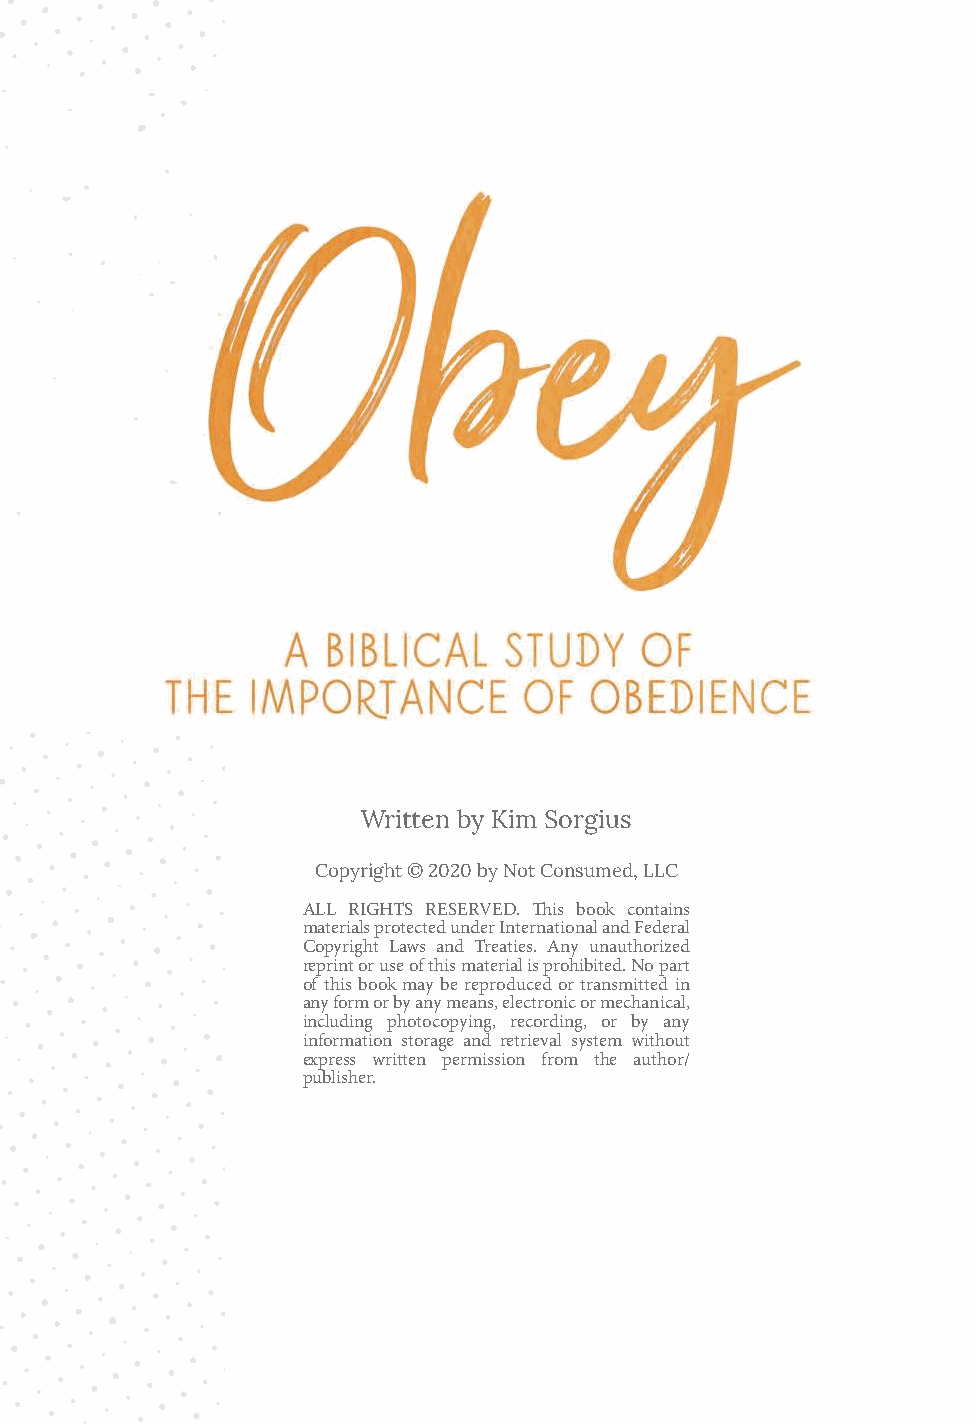
Written by Kim Sorgius
 Copyright © 2020 by Not Consumed, LLC
 ALL RIGHTS RESERVED. This book contains
 materials protected under International and Federal
 Copyright Laws and Treaties. Any unauthorized
 reprint or use of this material is prohibited. No part
 of this book may be reproduced or transmitted in
 any form or by any means, electronic or mechanical,
 including photocopying, recording, or by any
 information storage and retrieval system without
 express written permission from the author/
 publisher.